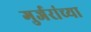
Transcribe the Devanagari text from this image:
गुर्जरांच्या